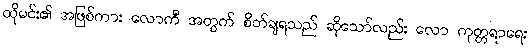
ထိုမင်း၏ အဖြစ်ကား လောကီ အတွက် စိတ်ချရသည် ဆိုသော်လည်း လော ကုတ္တရာရေး